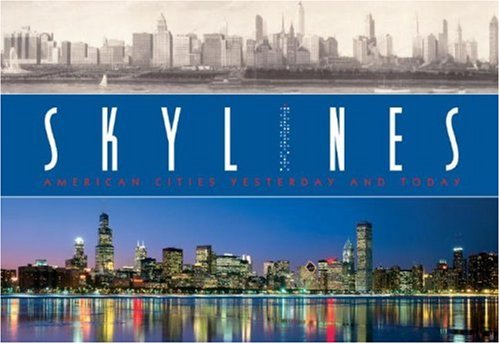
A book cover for Skylines: American Cities Yesterday and Today; M. Hill Goodspeed; Arts & Photography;